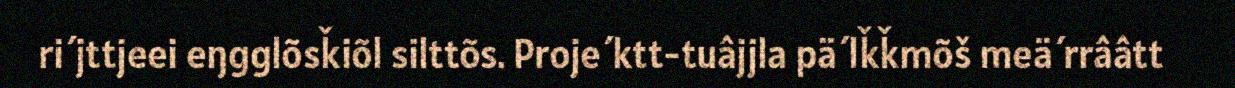
ri´jttjeei eŋgglõsǩiõl silttõs. Proje´ktt-tuâjjla pä´lǩǩmõš meä´rrââtt